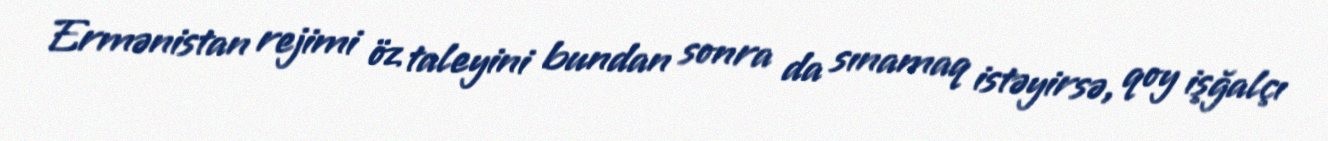
Ermənistan rejimi öz taleyini bundan sonra da sınamaq istəyirsə, qoy işğalçı